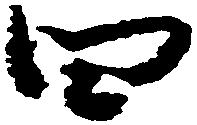
四